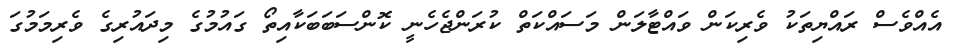
އެއްވެސް ރައްޔިތަކު ވެރިކަން ވައްޓާލަން މަސައްކަތް ކުރަންޖެހެނީ ކޮންސަބަބަކާއިތޯ ގައުމުގެ މިދައުރިގެ ވެރިމަމުގަ